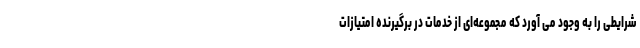
شرایطی را به وجود می آورد که مجموعه‌ای از خدمات در برگیرنده امتیازات